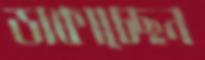
ডাকাচ্ছেন